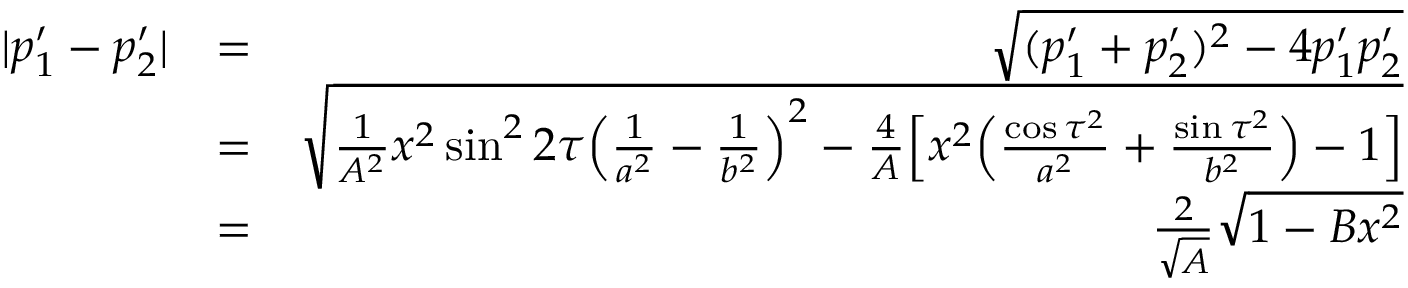
\begin{array} { r l r } { | p _ { 1 } ^ { \prime } - p _ { 2 } ^ { \prime } | } & { = } & { \sqrt { ( p _ { 1 } ^ { \prime } + p _ { 2 } ^ { \prime } ) ^ { 2 } - 4 p _ { 1 } ^ { \prime } p _ { 2 } ^ { \prime } } } \\ & { = } & { \sqrt { \frac { 1 } { A ^ { 2 } } x ^ { 2 } \sin ^ { 2 } 2 \tau \Big ( \frac { 1 } { a ^ { 2 } } - \frac { 1 } { b ^ { 2 } } \Big ) ^ { 2 } - \frac { 4 } { A } \Big [ x ^ { 2 } \Big ( \frac { \cos \tau ^ { 2 } } { a ^ { 2 } } + \frac { \sin \tau ^ { 2 } } { b ^ { 2 } } \Big ) - 1 \Big ] } } \\ & { = } & { \frac { 2 } { \sqrt { A } } \sqrt { 1 - B x ^ { 2 } } } \end{array}